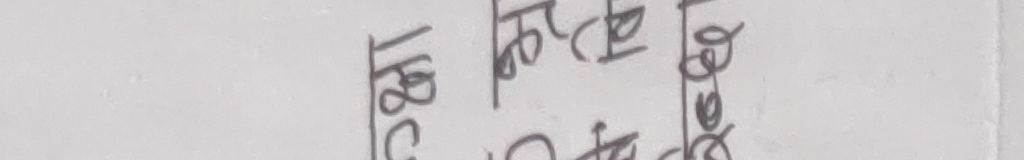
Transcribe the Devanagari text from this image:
२८°C ४०°F ३६°C